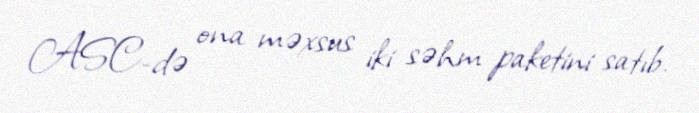
ASC-də ona məxsus iki səhm paketini satıb.